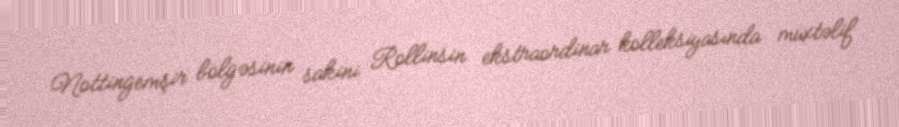
Nottingemşir bölgəsinin sakini Rollinsin ekstraordinar kolleksiyasında müxtəlif